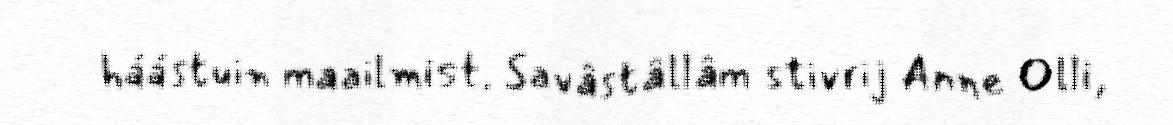
háástuin maailmist. Savâstâllâm stivrij Anne Olli,